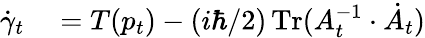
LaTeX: \begin{array}{rl}{\dot{\gamma}_{t}}&{{}=T(p_{t})-(i\hbar/2)\operatorname*{Tr}(A_{t}^{-1}\cdot\dot{A}_{t})}\end{array}